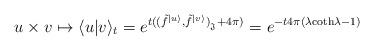
LaTeX: \begin{align*}u \times v \mapsto \langle u|v\rangle_t = e^{t((\tilde{f}^{|u\rangle},\tilde{f}^{|v\rangle})_{{}_{\mathfrak{J}}} + 4\pi)}=e^{-t4\pi(\lambda \textrm{coth}\lambda -1)}\end{align*}